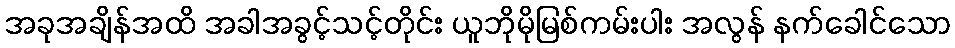
အခုအချိန်အထိ အခါအခွင့်သင့်တိုင်း ယူဘိုမိုမြစ်ကမ်းပါး အလွန် နက်ခေါင်သော